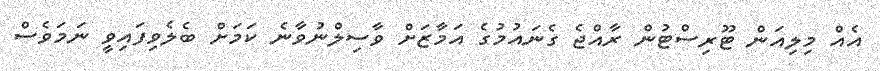
އެއް މިލިއަން ޓޫރިސްޓުން ރާއްޖެ ގެނައުމުގެ އަމާޒަށް ވާސިލްނުވާނެ ކަމަށް ބެލެވިފައިވީ ނަމަވެސް